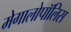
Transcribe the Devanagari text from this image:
मेगालोपॉलिस